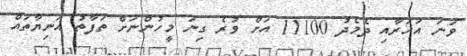
ވަނަ އަހަރާއި ދެމެދު 11100 އަށް ވުރެ ގިނަ މީހުންނަށް ތަފާތު އަނިޔާތައް